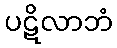
ပဋိလာဘံ